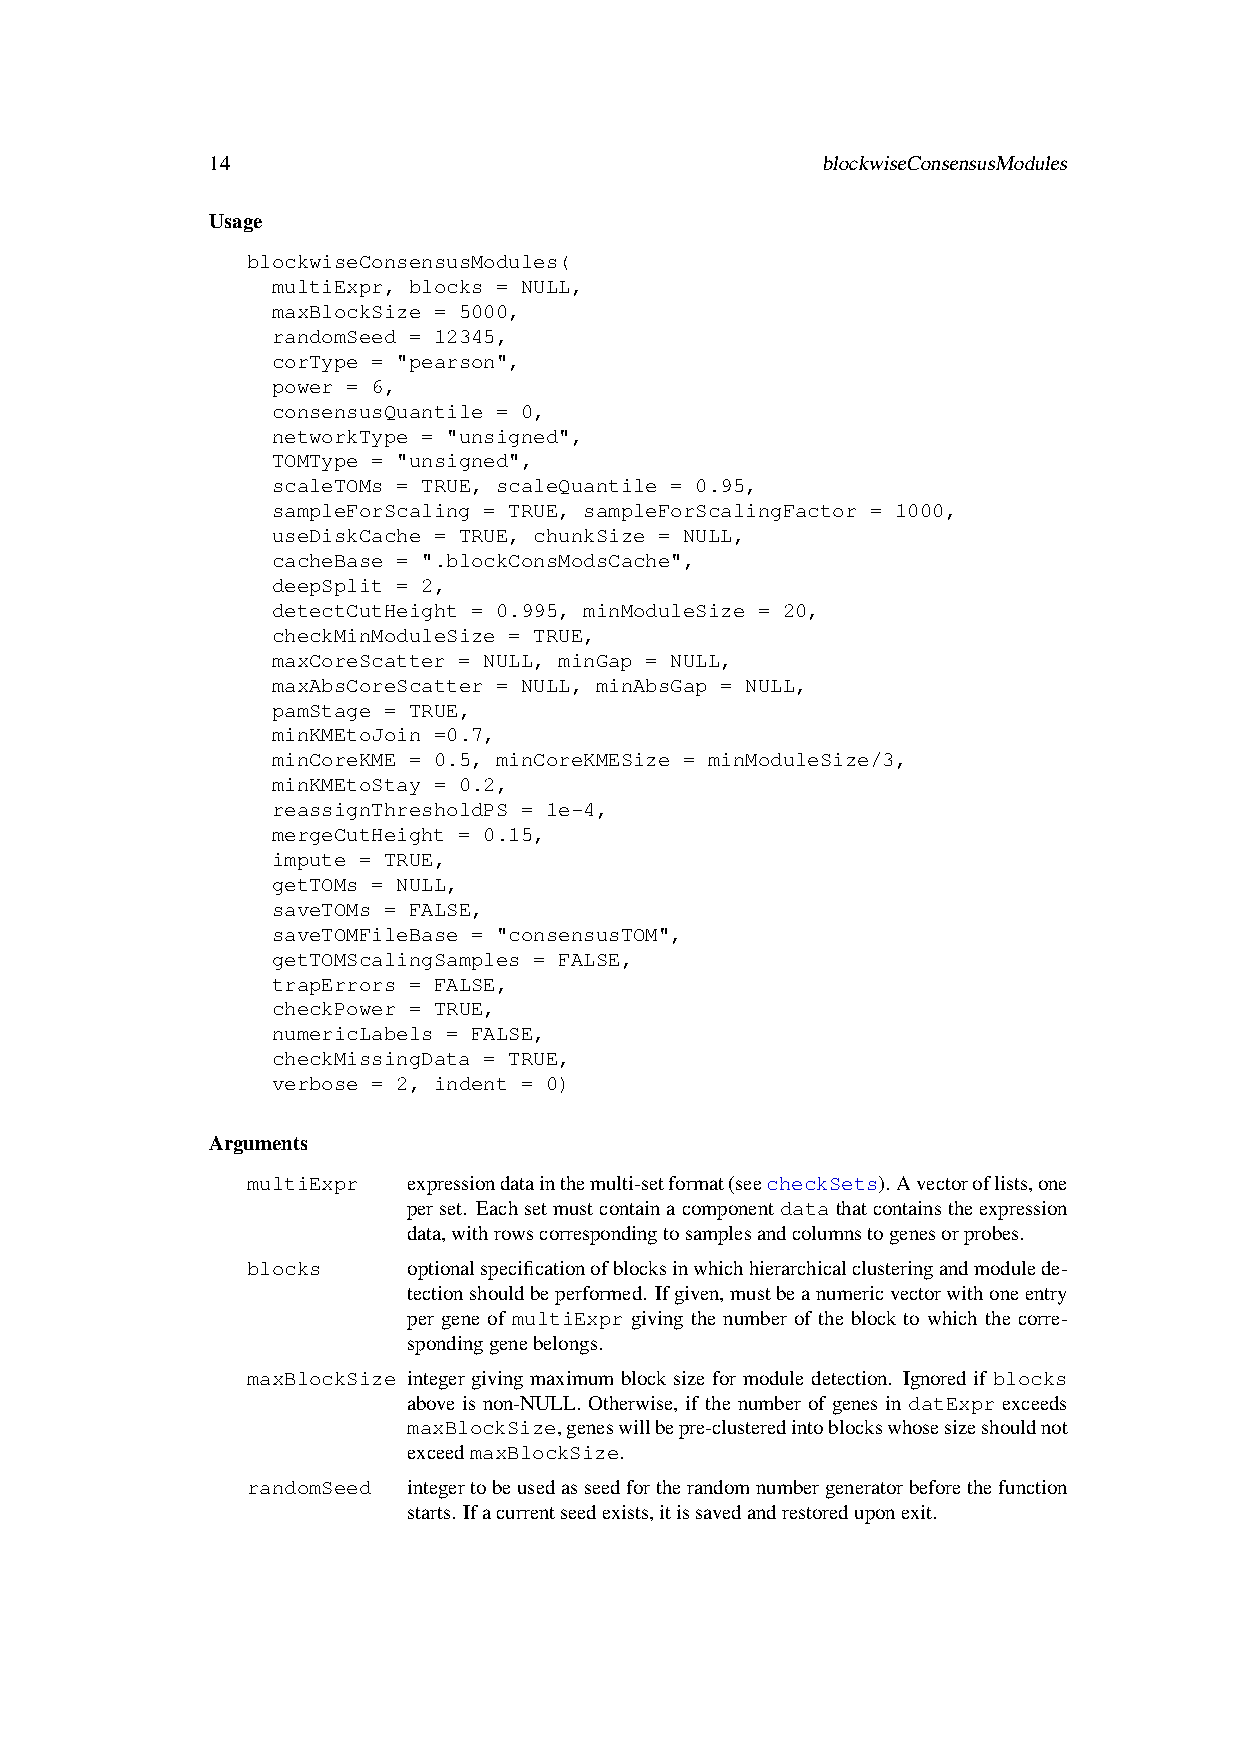
14                                      blockwiseConsensusModules
 Usage
 blockwiseConsensusModules(
 multiExpr, blocks = NULL,
 maxBlockSize = 5000,
 randomSeed = 12345,
 corType = "pearson",
 power = 6,
 consensusQuantile = 0,
 networkType = "unsigned",
 TOMType = "unsigned",
 scaleTOMs = TRUE, scaleQuantile = 0.95,
 sampleForScaling = TRUE, sampleForScalingFactor = 1000,
 useDiskCache = TRUE, chunkSize = NULL,
 cacheBase = ".blockConsModsCache",
 deepSplit = 2,
 detectCutHeight = 0.995, minModuleSize = 20,
 checkMinModuleSize = TRUE,
 maxCoreScatter = NULL, minGap = NULL,
 maxAbsCoreScatter = NULL, minAbsGap = NULL,
 pamStage = TRUE,
 minKMEtoJoin =0.7,
 minCoreKME = 0.5, minCoreKMESize = minModuleSize/3,
 minKMEtoStay = 0.2,
 reassignThresholdPS = 1e-4,
 mergeCutHeight = 0.15,
 impute = TRUE,
 getTOMs = NULL,
 saveTOMs = FALSE,
 saveTOMFileBase = "consensusTOM",
 getTOMScalingSamples = FALSE,
 trapErrors = FALSE,
 checkPower = TRUE,
 numericLabels = FALSE,
 checkMissingData = TRUE,
 verbose = 2, indent = 0)
 Arguments
 multiExpr  expressiondatainthemulti-setformat(seecheckSets).Avectoroflists,one
 perset. Eachsetmustcontainacomponentdatathatcontainstheexpression
 data,withrowscorrespondingtosamplesandcolumnstogenesorprobes.
 blocks     optionalspecificationofblocksinwhichhierarchicalclusteringandmodulede-
 tectionshouldbeperformed. Ifgiven,mustbeanumericvectorwithoneentry
 per gene of multiExpr giving the number of the block to which the corre-
 spondinggenebelongs.
 maxBlockSize integer giving maximum block size for module detection. Ignored if blocks
 above is non-NULL. Otherwise, if the number of genes in datExpr exceeds
 maxBlockSize,geneswillbepre-clusteredintoblockswhosesizeshouldnot
 exceedmaxBlockSize.
 randomSeed integertobeusedasseedfortherandomnumbergeneratorbeforethefunction
 starts. Ifacurrentseedexists,itissavedandrestoreduponexit.